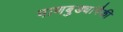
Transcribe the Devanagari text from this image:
पाणबुड्यांपैकी